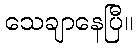
သေချာနေပြီ။